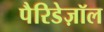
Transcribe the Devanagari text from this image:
पैरिडेज़ॉल